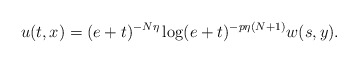
\begin{align*}u(t,x)=(e+t)^{-N\eta}\log(e+t)^{-p\eta(N+1)} w(s,y).\end{align*}